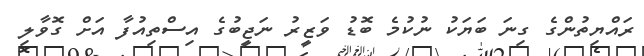
ރައްޔިތުންގެ ގިނަ ބަޔަކު ނުކުމެ ބޮޑު ވަޒީރު ނަޖީބުގެ އިސްތިއުފާ އަށް ގޮވާލި